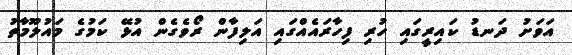
އަވަށު ދަނޑު ކައިރީގައި ހުރި ފިހާރައެއްގައި އަލިފާން ރޯވެގެން އުޅޭ ކަމުގެ މައުލޫމާތު